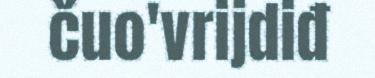
čuo'vrijdiđ